Vaccine operations Central Provinces 1886-1899 - 1886-1899
Year: 1886
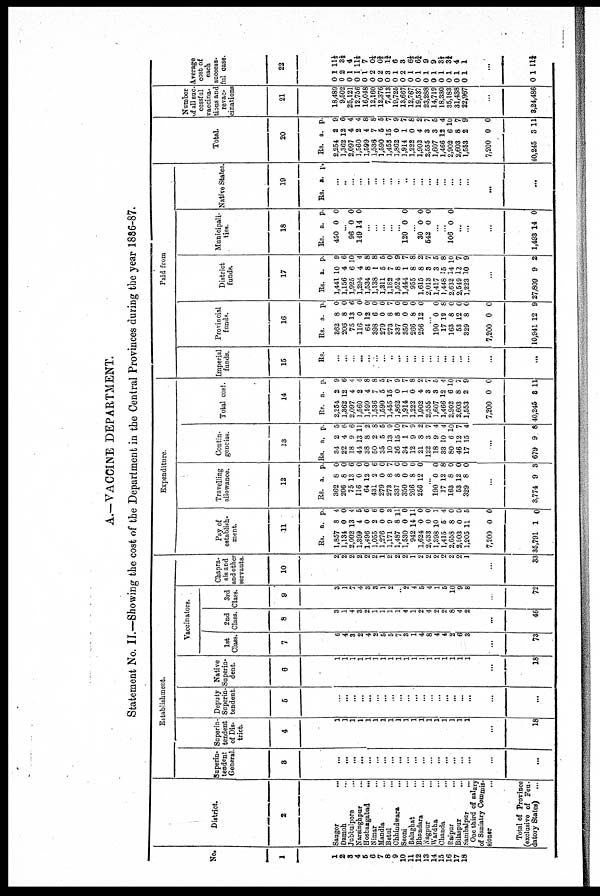
A.—VACCINE DEPARTMENT.
Statement No. II.—Showing the cost of the Department in the Central Provinces during the year 1886-87.
No.
1
1
2
3
4
5
6
7
8
9
10
11
12
13
14
15
16
17
18
District.
2
Saugor
...
Damoh ...
Jubbulpore
...
Narsinghpur ...
Hoshangabad
...
Nimar ...
Mandla ...
Betul ...
Chhindwara …
Seoni …
Balaghat …
Bhandara …
Nagpur …
Wardha …
Chanda …
Raipur …
Bilaspur
...
Sambalpur ...
One third of salary
of Saniatry Commis¬
sioner
...
Total of Province
(exclusive of Feu
datory States) ...
Establishment.
Superin
tendent
General.
3
...
...
...
...
...
...
...
...
…
…
…
…
…
…
…
…
...
...
...
...
Superin
tendent
of Dis
trict.
4
...
...
...
...
...
...
...
...
…
…
…
…
…
…
…
…
...
...
...
18
Deputy
Superin
tendent.
5
...
...
...
...
...
...
...
...
…
…
…
…
…
…
…
…
...
...
...
...
Native
Superin¬
dent.
6
1
1
1
1
1
1
1
1
1
1
1
1
1
1
1
1
1
1
...
18
Vaccinators.
1st
Class.
7
6
4
3
2
4
2
5
5
7
3
1
4
8
4
4
2
6
3
...
73
2nd
Class.
8
3
1
4
3
2
1
1
1
1
4
1
2
4
2
2
8
4
2
...
46
3rd
Class.
9
3
1
7
4
3
3
1
2
…
2
4
5
4
1
5
10
9
8
...
72
Chapra¬
sis and
and other
servants.
10
2
2
2
2
2
2
1
2
2
2
1
2
2
2
2
2
2
1
...
33
Expenditure.
Pay of
establish
ment.
11
Rs.
1,857
1,134
2,002
1,399
1,496
1,055
1,276
1,171
1,487
1,530
942
1,624
2,433
1,398
1,415
2,658
2,503
1,205
7,200
35,791
a.
8
0
13
4
0
2
0
9
8
0
14
0
0
10
5
8
0
11
0
1
p.
4
0
4
5
6
6
0
3
11
0
11
0
0
1
4
0
0
5
0
0
Travelling
allowance.
12
Rs.
362
206
75
116
64
431
279
273
337
350
266
256
a.
8
8
13
0
12
2
0
8
8
0
8
12
p.
0
0
6
0
0
6
0
7
0
0
0
0
…
190
17
163
53
329
0
12
8
12
8
0
8
0
0
0
...
3,774 9 3
Contin
gencies.
13
Rs.
34
22
18
44
38
50
35
10
36
34
12
21
122
18
33
80
46
17
a,
2
4
9
13
8
2
5
13
15
1
9
8
3
9
10
6
12
15
p.
5
6
6
11
2
8
5
9
10
7
9
2
7
4
4
10
7
4
...
679 9 8
Total cost.
14
Rs.
2,254
1,362
2,097
1,560
1,599
1,536
1,590
1,455
1,862
1,914
1,222
1,902
2,555
1,607
1,466
2,902
2,603
1,553
7,200
40,245
a.
2
12
4
2
4
7
5
15
0
1
0
4
3
3
12
6
8
2
0
8
p.
9
6
4
4
8
8
5
7
9
7
8
2
7
5
4
10
7
9
0
11
Paid from
Imperial
funds.
15
Re.
...
...
...
...
...
...
...
...
…
...
...
…
…
...
...
...
...
...
...
...
Provincial
funds.
16
Rs.
362
206
75
116
64
398
279
273
337
350
266
256
a.
8
8
13
0
12
6
0
8
8
0
8
12
p.
0
0
6
0
0
0
0
7
0
0
0
0
…
190
17
163
53
329
7,200
10,941
0
12
8
12
8
0
12
0
8
0
0
0
0
9
District
funds.
17
Rs.
1,441
1,156
1,925
1,294
1,534
1,138
1,311
1,182
1,524
1,444
955
1,615
2,013
1,417
1,448
2,632
2,549
1,223
a.
10
4
6
4
8
1
5
7
8
1
8
8
3
3
15
14
12
10
p.
9
6
10
4
8
8
5
0
9
7
8
2
7
5
8
10
7
9
...
27,809 9 2
Municipali
ties.
18
Rs.
450
a.
0
p.
0
...
96
149
0
14
0
0
...
...
...
...
...
120 0 0
…
30
542
0
0
0
0
...
...
106 0 0
...
...
...
1,493 14 0
Native States.
19
Rs. a. p.
...
...
...
...
...
...
...
...
…
…
...
...
...
...
...
...
...
...
...
...
Total.
20
Rs.
2,254
1,362
2,097
1,560
1,599
1,536
1,590
1,455
1,862
1,914
1,222
1,902
2,555
1,607
1,466
2,902
2,603
1,553
7,200
40,245
a.
2
12
4
2
4
7
5
15
0
1
0
4
3
3
12
6
8
2
0
3
p.
9
6
4
4
8
8
5
7
9
7
8
2
7
5
4
10
7
9
0
11
Number
of all suc
cessful
vaccina
tions and
revac¬
cinations
21
18,489
9,502
25,121
12,756
16,048
12,160
12,376
7,413
19,725
13,667
12,767
19,537
23,288
14,719
18,330
35,183
31,438
22,967
...
3,24,486
Average
cost of
each
success
ful case.
22
0
0
0
0
0
0
0
0
0
0
0
0
0
0
0
0
0
0
1
2
1
I
1
2
2
3
1
2
1
1
1
1
1
1
1
1
11⅓
3½
4
11½
7
0¼
0⅔
1¾
6
3
6⅓
6¾
9
9
3⅓
3⅓
4
1
...
0 1 11¾